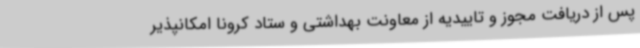
پس از دریافت مجوز و تاییدیه از معاونت بهداشتی و ستاد کرونا امکانپذیر